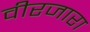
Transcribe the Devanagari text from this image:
वीरजारा